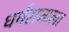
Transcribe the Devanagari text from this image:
धर्मराजाला